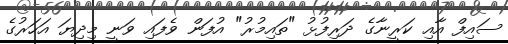
ސައިފް އާއި ކަރީނާގެ ދަރިފުޅު "ތައިމުރު" އުފަން ވެފައި ވަނީ މިދިޔަ އަހަރުގެ